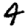
Digit: 4